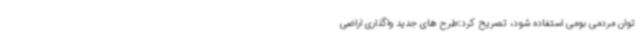
توان مردمی بومی استفاده شود، تصریح کرد:طرح های جدید واگذاری اراضی